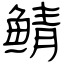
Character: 鲭